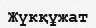
Жүкқұжат